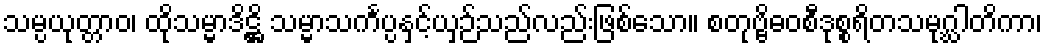
သမ္ပယုတ္တာဝ၊ ထိုသမ္မာဒိဋ္ဌိ သမ္မာသင်္ကပ္ပနှင့်ယှဉ်သည်လည်းဖြစ်သော။ စတုဗ္ဗိဓဝစီဒုစ္စရိတသမုဂ္ဃါတိကာ၊